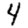
Digit: 4